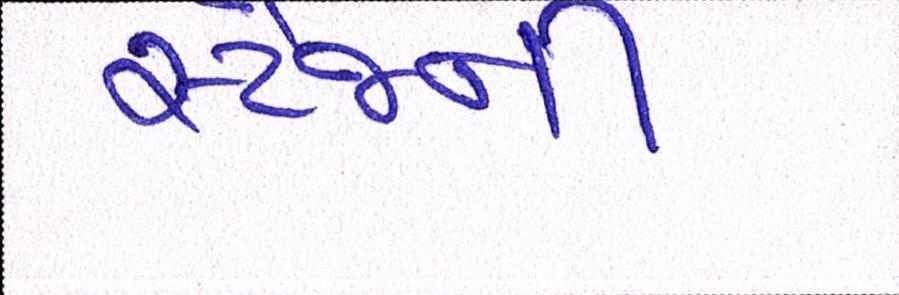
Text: સ્ટેજની